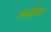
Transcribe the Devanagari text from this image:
फ्लॉडेन